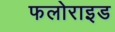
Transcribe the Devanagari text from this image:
फलोराइड